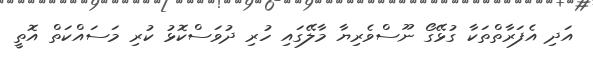
އަދި އެފަރާތްތަކާ ގުޅޭގޯ ނޫސްވެރިޔާ މާލޭގައި ހުރި ދުވަސްކޮޅު ކުރި މަސައްކަތް އޮތީ